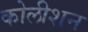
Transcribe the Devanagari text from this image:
कोलीशन